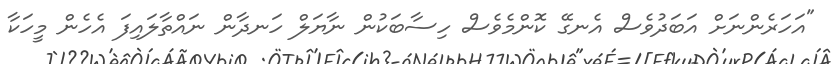
"އަހަރެންނަށް އަބަދުވެސް އެނގޭ ކޮންމެވެސް ހިސާބަކުން ނާޔަލް ހަނދާން ނައްތާލައިފަ އެހެން މީހަކާ